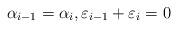
LaTeX: \begin{align*}\alpha_{i-1}=\alpha_i,\varepsilon_{i-1}+\varepsilon_i=0\end{align*}